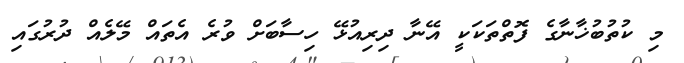
މި ކުތުބުޚާނާގެ ފޮތްތަކަކީ އޭނާ ދިރިއުޅޭ ހިސާބަށް ވުރެ އެތައް މޭލެއް ދުރުގައި